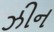
ઝીન